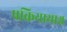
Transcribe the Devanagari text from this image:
प्रक्रियायाश्च